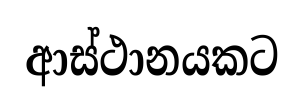
ආස්ථානයකට